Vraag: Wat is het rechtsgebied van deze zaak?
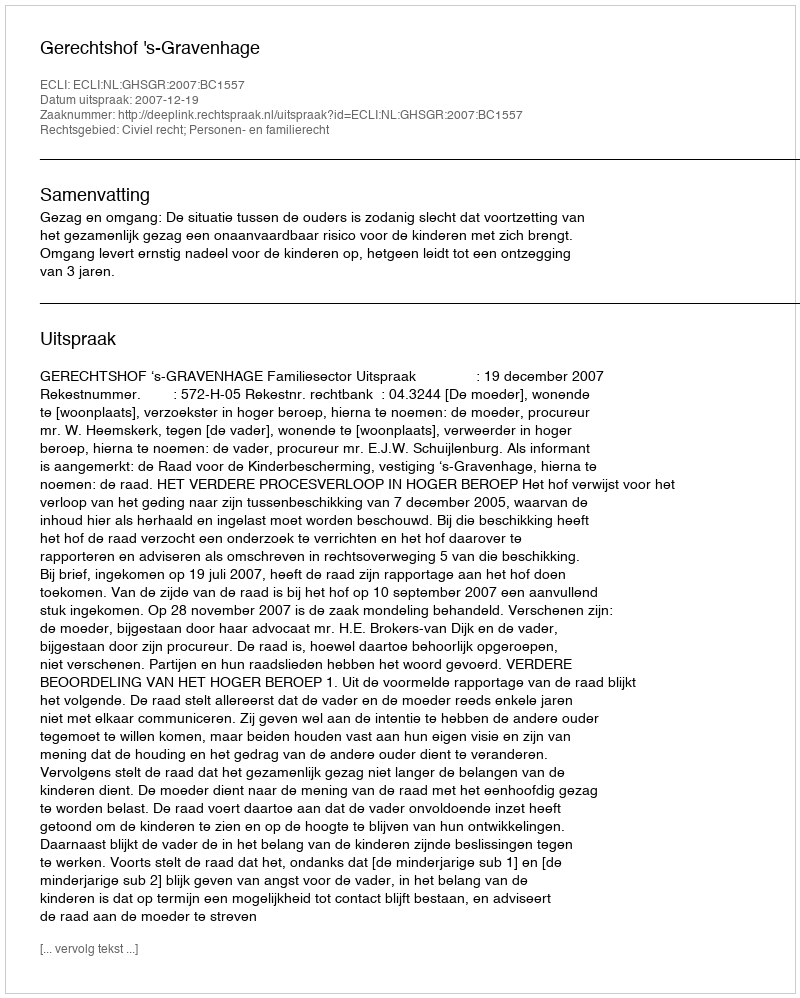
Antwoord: Civiel recht; Personen- en familierecht